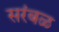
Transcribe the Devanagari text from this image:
सरंबळ